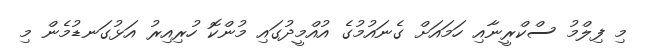
މި ފިލްމު ސްކްރީނާއި ހަމައަށް ގެނައުމުގެ އުއްމީދުގައި މުންކޮ ހުރިއިރު އަޅުގަނޑުމެން މި